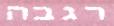
רגבה